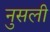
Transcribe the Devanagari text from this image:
नुसली